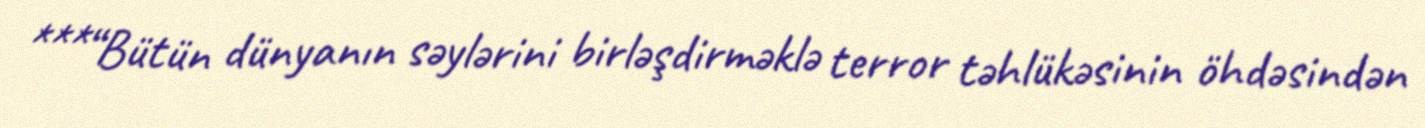
***“Bütün dünyanın səylərini birləşdirməklə terror təhlükəsinin öhdəsindən